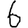
Digit: 6